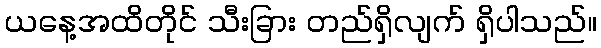
ယနေ့အထိတိုင် သီးခြား တည်ရှိလျက် ရှိပါသည်။